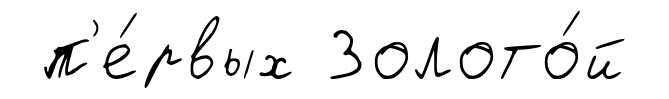
п'е́рвых Золото́й